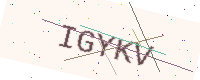
Text: IGYKV